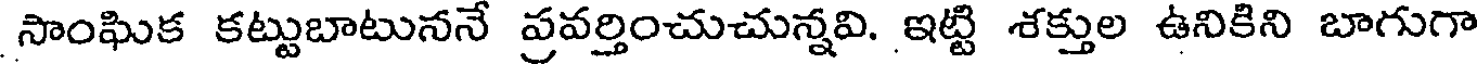
సాంఘిక కట్టుబాటుననే ప్రవర్తించుచున్నవి. ఇట్టి శక్తుల ఉనికిని బాగుగా